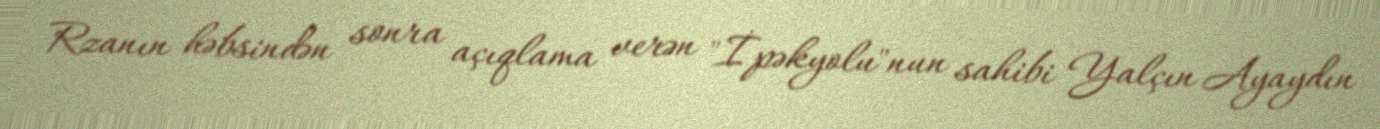
Rzanın həbsindən sonra açıqlama verən "İpəkyolu"nun sahibi Yalçın Ayaydın